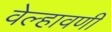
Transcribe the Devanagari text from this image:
वेल्हावणी